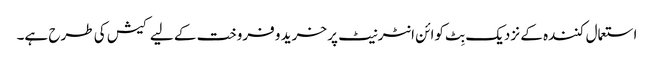
استعمال کنندہ کے نزدیک بِٹ کوائن انٹرنیٹ پر خرید و فروخت کے لیے کیش کی طرح ہے۔